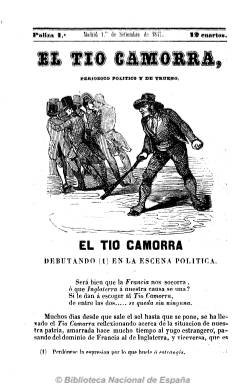
Título: El Tío Camorra (Ed. semanal)
Colección: Revistas satíricas y humorísticas || Periódicos anteriores a 1850
Ámbito geográfico: Madrid
Lugar de publicación: Madrid
Fechas: 01/09/1847-23/02/1848

Subtitulado “periódico político y de trueno”, es quizás el más característico de los fundados personalmente por uno de los principales periodistas satíricos del siglo diecinueve español, Juan Martínez Villergas (1816-1894), que además fue su propietario, director y casi único redactor. Comienza a publicarlo el uno de septiembre de 1847, al inicio del nuevo ministerio del general Ramón María Narváez (1800-1868), en un momento en que las fuerzas conservadoras y reaccionarias ostentan el poder político, reflejo de la nueva Constitución de 1845.

Con un grabado en su cabecera, en el que representa una escena de un tipo con un garrote en la mano amenazando a un grupo de contrincantes, está escrito en prosa y en verso, abundando los artículos en forma de diálogo y los epigramas, en los que lleva a cabo breves semblanzas de los personajes del Partido Moderado, al que combate, en concreto del general Narváez, al que bautiza como “El Espadón de Loja”, o de su ministro de Hacienda, Alejandro Mon y Menéndez (1801-1882). También inserta otros grabados burlescos en su interior. Sus artículos también reflejan la xenofobia contra franceses e ingleses de quien será conocido a partir de ahora con el seudónimo “El Tío Camorra, ciudadano de Torrelodones”, un Martínez Villergas que también adopta otros seudónimos, como el de Antón Perulero. Entre sus escasos colaboradores, aparece Juan de la Rosa González.

Este burlesco y satírico periódico, que adopta un matiz democrático contra el moderantismo, pero también contra el progresismo, aparece con frecuencia semanal, en números de 16 páginas y foliación continuada, y llega a sacar algunos suplementos. Sus editores responsables son Francisco Sales de Fuentes y, al final, Manuel Turrez. Sale de la Imprenta de José María Ducazcal, y a partir de su “paliza” 23 (así denomina su secuencia) de la de Julián Llorente. Cambia el grabado de su cabecera e inicia nueva foliación a partir del uno de marzo de 1848 (paliza 27); y otra vez, el cinco de abril (paliza 32), cambia el grabado de su cabecera por una cotorra. Desde el uno de junio de 1848 publicará también una edición diaria, con un tamaño diferente y menor número de páginas.

Su último número aparece el 23 de julio de 1848 (paliza 48), debido a problemas con la censura, y Martínez Villergas lo sustituirá al mes siguiente por Don Circunstancias (1848-1849). Entre la bibliografía de referencia para este título y otros de la prensa satírica decimonónica y su relación con el uso del español coloquial, véase el trabajo de la profesora de la Universidad de Sevilla Ana Mancera Rueda, en el Boletín de la Real Academia Española (2012).

Imágenes cedidas por TECNODOC.